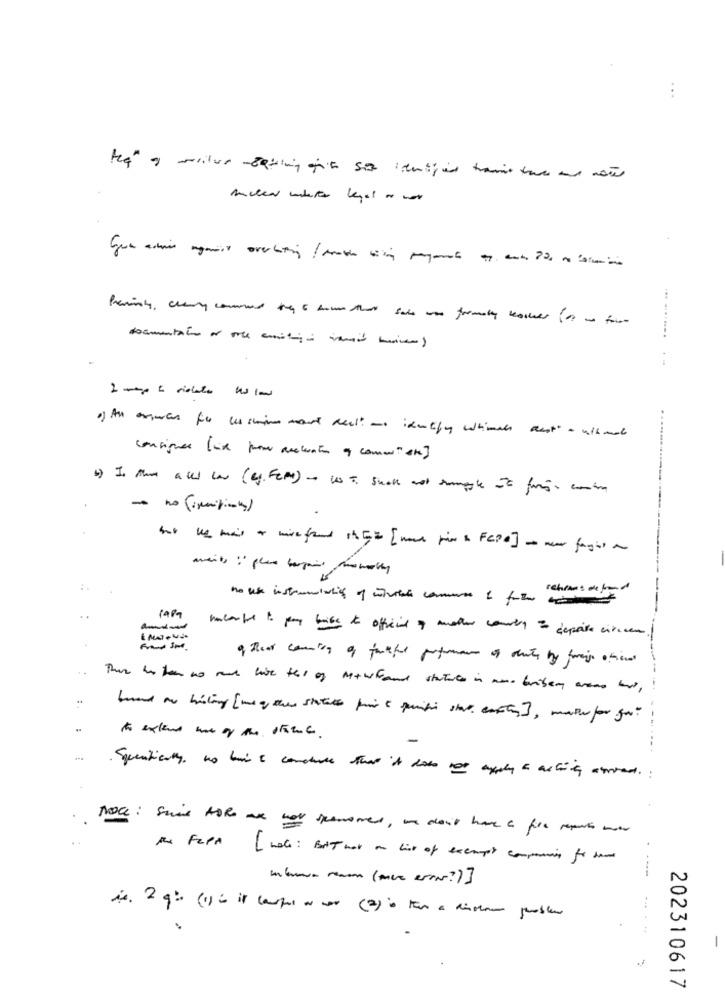
consignes fixe pow aceleration of conan" she]
b) Is the alls law (eg. Fem) - w = Shall not sample of fame. combom
ments :" plus bargains nomally
:
retrans de frond
Papa hacerte to pay biss to official of mother country = depoise circcan!
This is then no and live ths of methGrand statue in went bribery areas mais,
---
to extend hat of the stonec.
-.. ....
Squatically no bis I conclude that it does not apply a asting anvendt. :
the FELPA [ note : But not on line of exempt composing for have
--
....
202310617